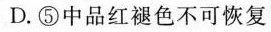
D.⑤中品红褪色不可恢复